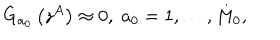
G _ { a _ { 0 } } \left( z ^ { A } \right) \approx 0 , \; a _ { 0 } = 1 , \ldots , M _ { 0 } ,